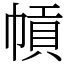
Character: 幊